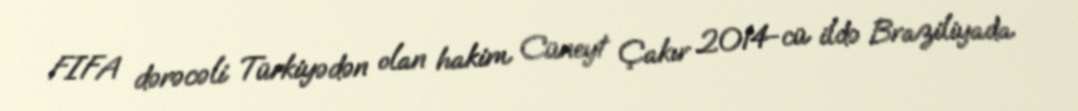
FIFA dərəcəli Türkiyədən olan hakim Cüneyt Çakır 2014-cü ildə Braziliyada